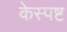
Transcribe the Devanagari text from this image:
केस्पष्ट